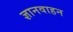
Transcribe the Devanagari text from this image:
ज्ञानवाहन